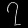
Digit: ၇